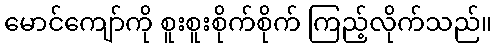
မောင်ကျော်ကို စူးစူးစိုက်စိုက် ကြည့်လိုက်သည်။